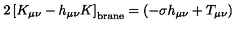
2 \left[ K _ { \mu \nu } - h _ { \mu \nu } K \right] _ { \mathrm { { b r a n e } } } = \left( - \sigma h _ { \mu \nu } + T _ { \mu \nu } \right)